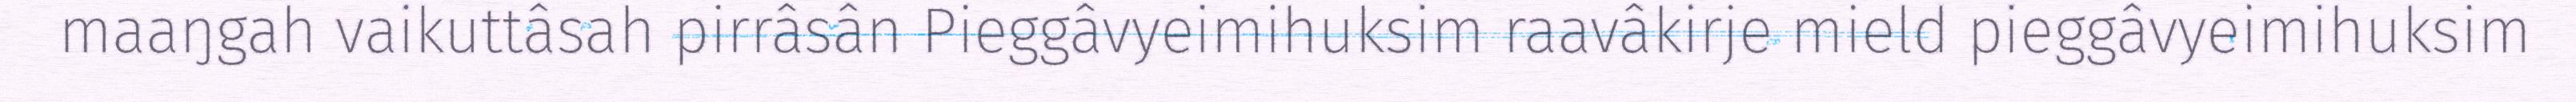
maaŋgah vaikuttâsah pirrâsân Pieggâvyeimihuksim raavâkirje mield pieggâvyeimihuksim